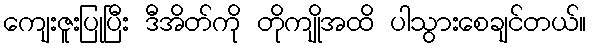
ကျေးဇူးပြုပြီး ဒီအိတ်ကို တိုကျိုအထိ ပါသွားစေချင်တယ်။